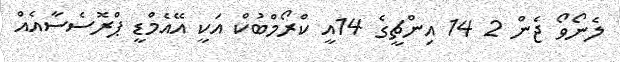
ލެނޯވޯ ޖެން 2 14 އިންޗީގެ 14އީ ކްރޯމްބުކް އަކީ އޭއެމްޑީ ޕްރޮސެސާއެއް